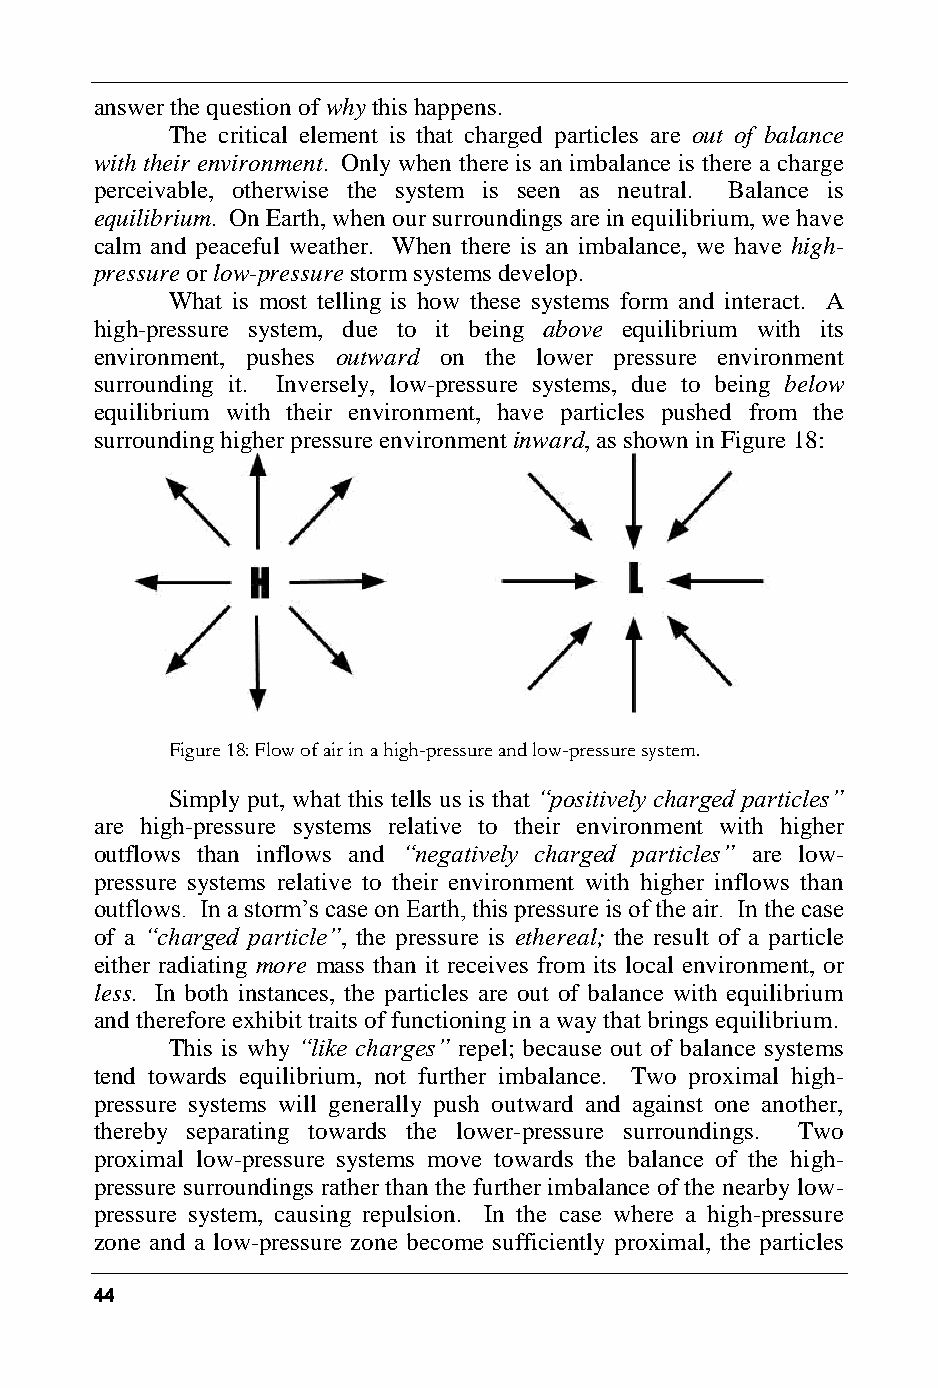
answer the question of why this happens.
 The critical element is that charged particles are out of balance
 with their environment. Only when there is an imbalance is there a charge
 perceivable, otherwise the system is seen as neutral. Balance is
 equilibrium. On Earth, when our surroundings are in equilibrium, we have
 calm and peaceful weather. When there is an imbalance, we have high-
 pressure or low-pressure storm systems develop.
 What is most telling is how these systems form and interact. A
 high-pressure system, due to it being above equilibrium with its
 environment, pushes outward on the lower pressure environment
 surrounding it. Inversely, low-pressure systems, due to being below
 equilibrium with their environment, have particles pushed from the
 surrounding higher pressure environment inward, as shown in Figure 18:
 Figure 18: Flow of air in a high-pressure and low-pressure system.
 Simply put, what this tells us is that “positively charged particles”
 are high-pressure systems relative to their environment with higher
 outflows than inflows and “negatively charged particles” are low-
 pressure systems relative to their environment with higher inflows than
 outflows. In a storm’s case on Earth, this pressure is of the air. In the case
 of a “charged particle”, the pressure is ethereal; the result of a particle
 either radiating more mass than it receives from its local environment, or
 less. In both instances, the particles are out of balance with equilibrium
 and therefore exhibit traits of functioning in a way that brings equilibrium.
 This is why “like charges” repel; because out of balance systems
 tend towards equilibrium, not further imbalance. Two proximal high-
 pressure systems will generally push outward and against one another,
 thereby separating towards the lower-pressure surroundings. Two
 proximal low-pressure systems move towards the balance of the high-
 pressure surroundings rather than the further imbalance of the nearby low-
 pressure system, causing repulsion. In the case where a high-pressure
 zone and a low-pressure zone become sufficiently proximal, the particles
 44